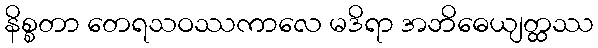
နိစ္စတာ တေရသဝဿကာလေ မဒိရာ အဘိဓေယျတ္ထဿ